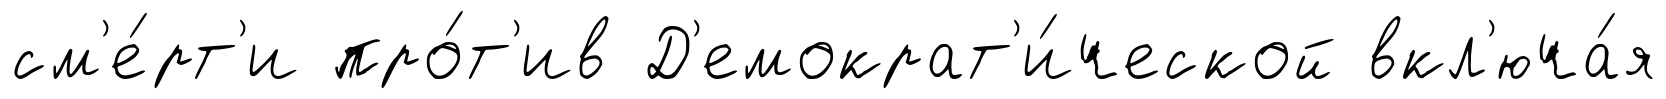
см'е́рт'и про́т'ив Д'емократ'и́ческой вкл'юча́я